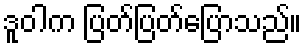
ဒူဝါက ပြတ်ပြတ်ပြောသည်။